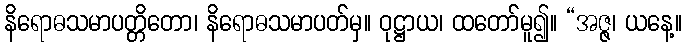
နိရောဓသမာပတ္တိတော၊ နိရောဓသမာပတ်မှ။ ဝုဋ္ဌာယ၊ ထတော်မူ၍။ “အဇ္ဇ၊ ယနေ့။